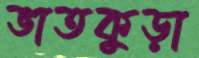
ভাতকুড়া